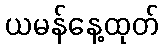
ယမန်နေ့ထုတ်